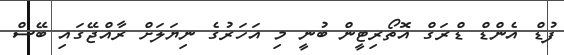
ފުޑް އެންޑް ޑްރަގް އޮތޯރިޓީން ބުނީ މި އަހަރުގެ ނިޔަލަށް ރާއްޖޭގައި ބޭސް